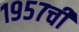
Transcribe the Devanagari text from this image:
१९५७ची